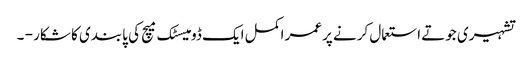
تشہیری جوتے استعمال کرنے پرعمر اکمل ایک ڈومیسٹک میچ کی پابندی کا شکار - ۔